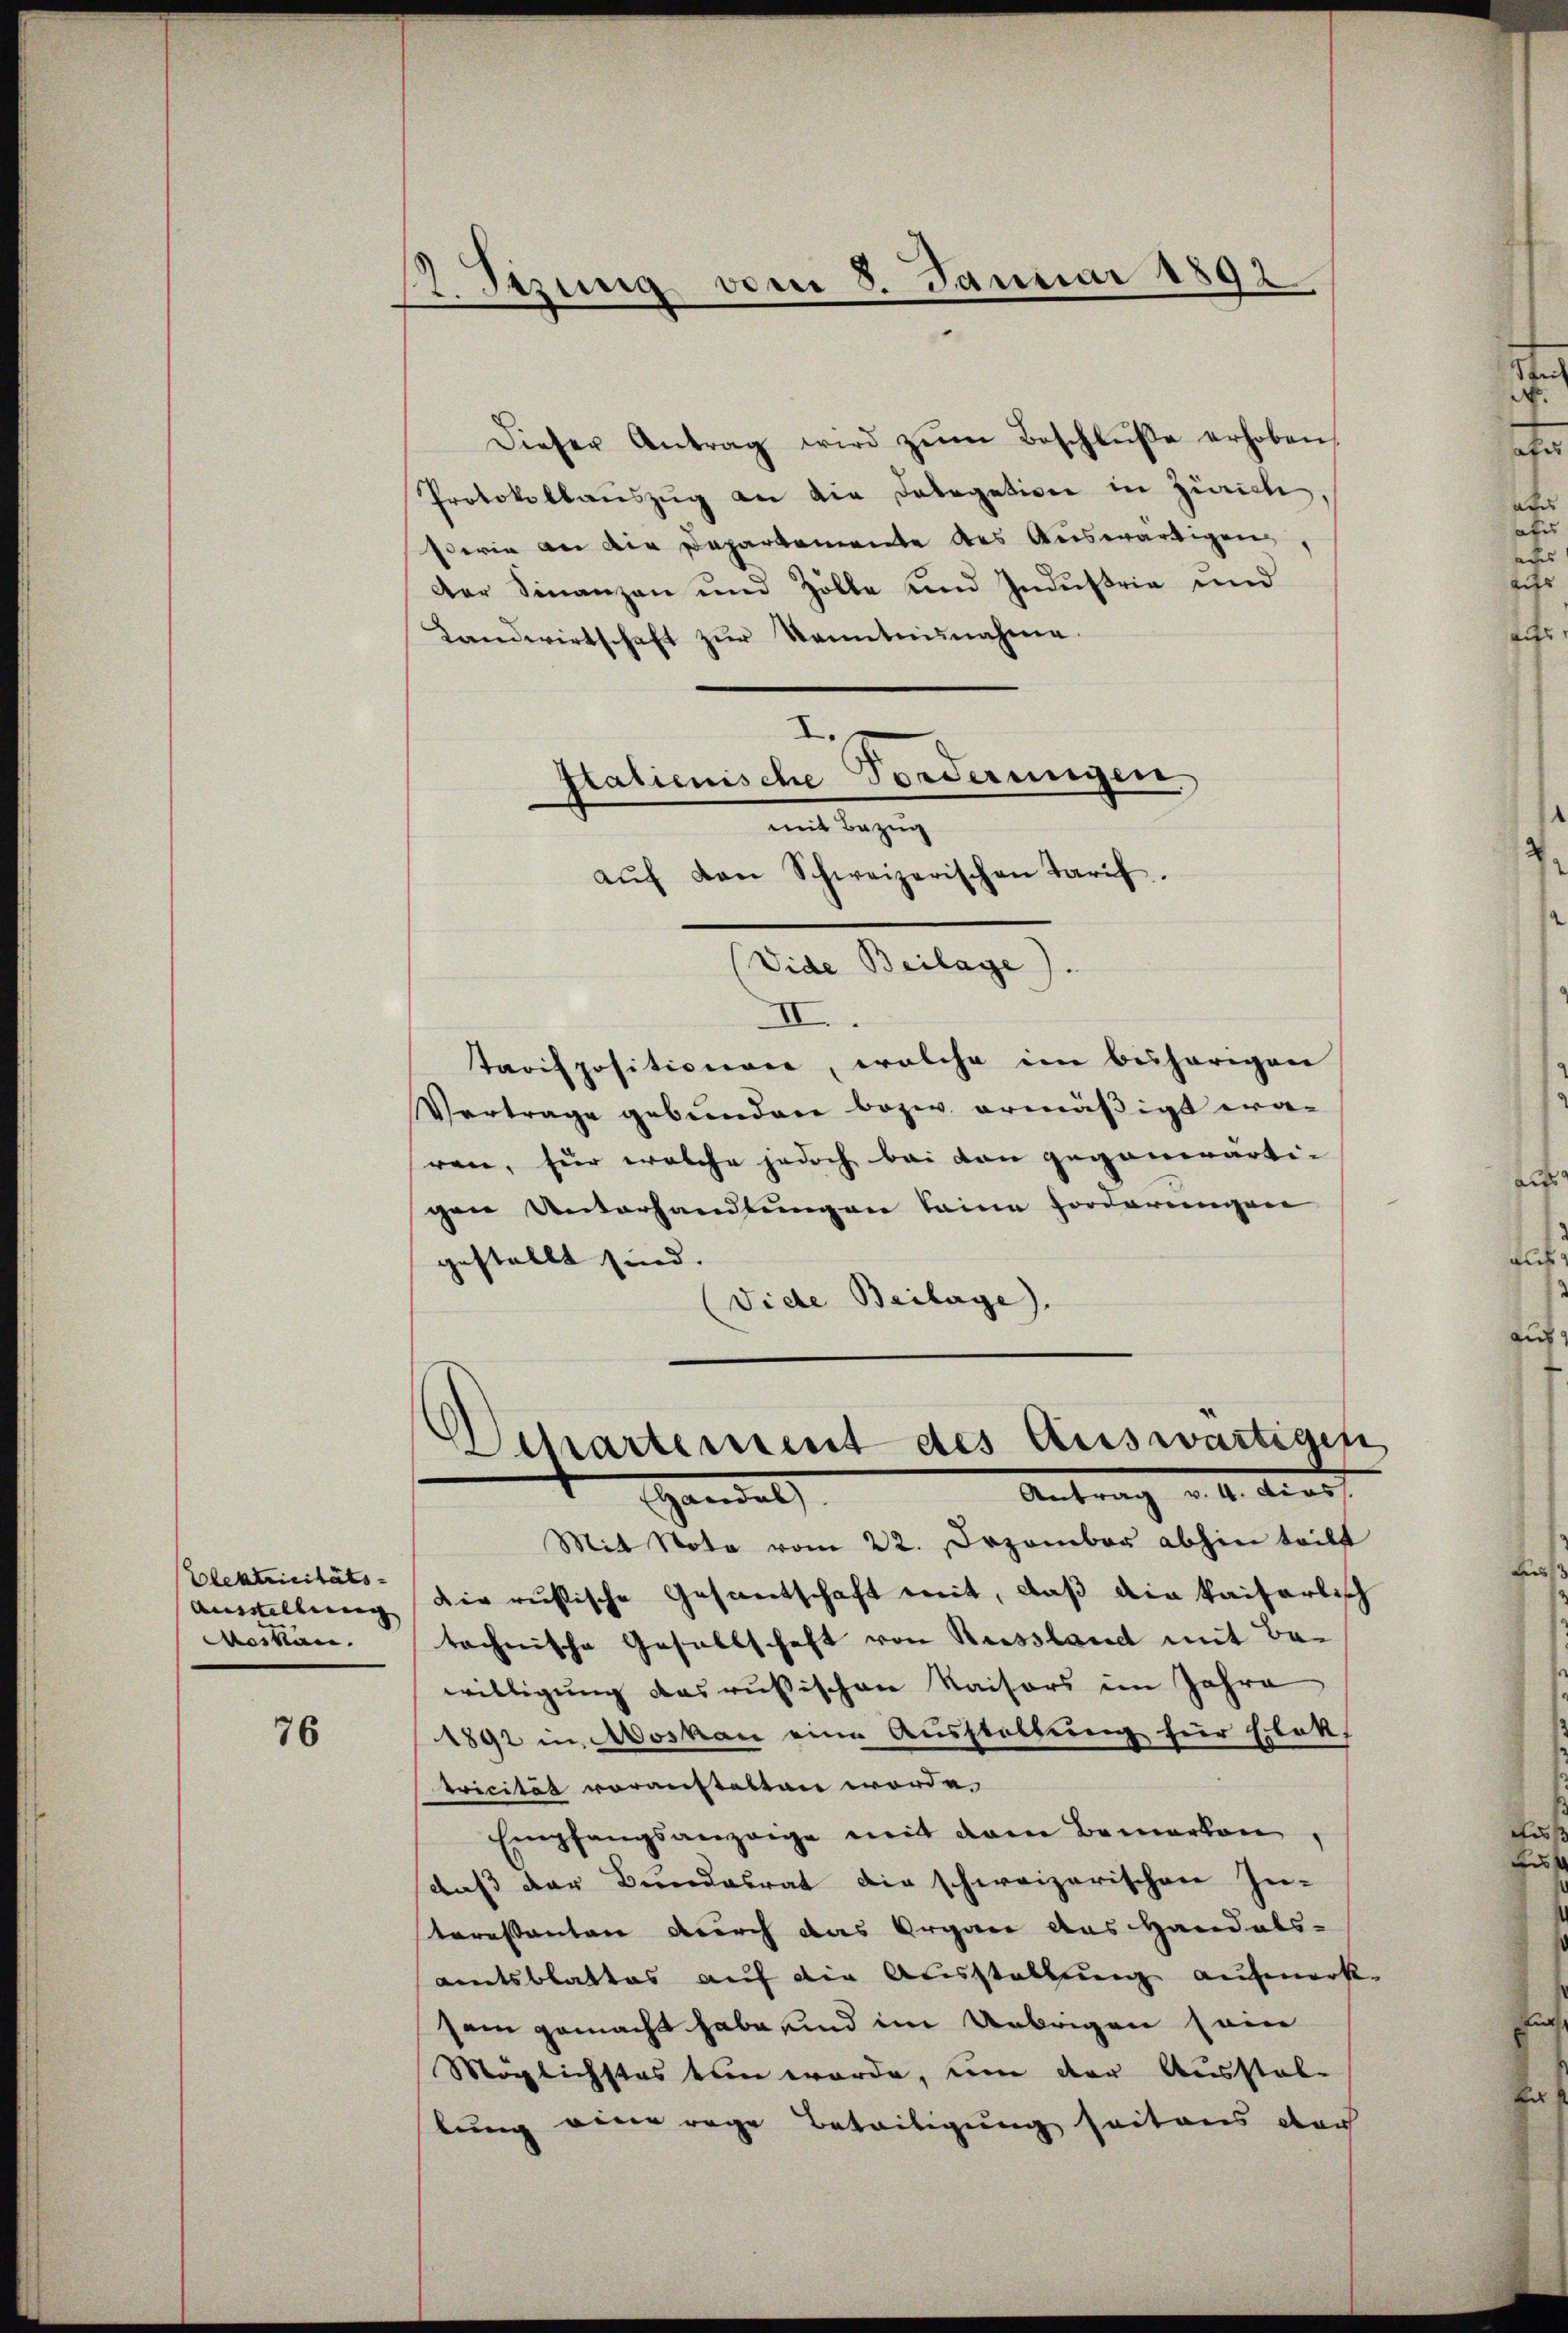
Elektricitäts-
Ausstellung
Acikan.

76

2 Sizung vom 8. Januar 1892

Dieser Antrag wird zŭm Beschlŭβe erhoben.
Protokollauszug an die Dolegatione in Zürich
Ederin an die Departemente des Auswärtigen
Der Finanzen und Zölle und Industrie und
Landwirtschaft zŭr Kenntnisnahme.
I.
Italienische Forderungen
mit Bezug
aŭf von Schweizerischen Tarif.
(Vide Beilage).
II.
tarispositionare, welche im bisherigen
Vertrage gebunden bezw. ermäßigt waren, für welche jedoch bei den gegenerarti-
gen Unterhandlungen seine Forderungen
gestellt sind.
Vide Beilage).
Departement des Auswärtigen
Antrag v. 4. Kraft
Handel
Mit Nota vom 22. Dezember abhin teilt
Die russische Gesantschaft mit, daß die kaiserlisch
technische Gesellschaft von Russland mit Be-
willigung das rußischen Kaisers im Jahre
1892 in Moskau eine Ausstellung für Elekt
Ticität voranstalten worde.
Empfangsanzeige mit dem Bemerken,
daß der Bundesrat die schweizerischen In-
teressanten durch das Organe aus Handels-
amtsblattes auf die Ausstellung aufmerk-
sam gemacht habe und im Uebrigen sein
Möglichstes ein werde, um der Ausstal-
lung eine rege Beteiligung seit aus der